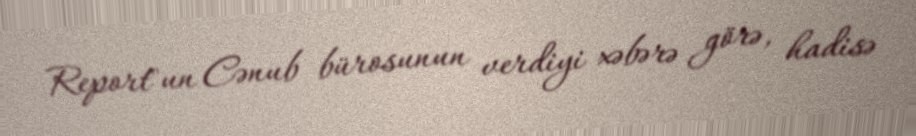
Report"un Cənub bürosunun verdiyi xəbərə görə, hadisə